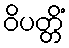
ဝိပတ္တိံ